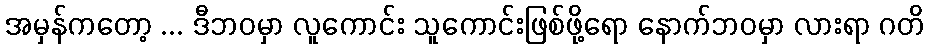
အမှန်ကတော့ ... ဒီဘဝမှာ လူကောင်း သူကောင်းဖြစ်ဖို့ရော နောက်ဘဝမှာ လားရာ ဂတိ